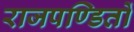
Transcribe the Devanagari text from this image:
राजपण्डितों